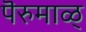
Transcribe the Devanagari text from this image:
पॆरुमाळ्